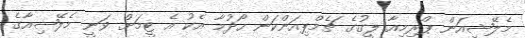
މެލޭޝިއަން ޕްރިމިއާ ލީގުގެ ޗެމްޕިއަންކަން ހޯދުމާ އެކު އެ ޓީމަށް ވަނީ މެލޭޝިއާގެ